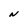
Character: N